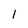
Character: 1